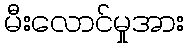
မီးလောင်မှုအား